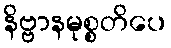
နိဗ္ဗာနမုစ္စတိပေ